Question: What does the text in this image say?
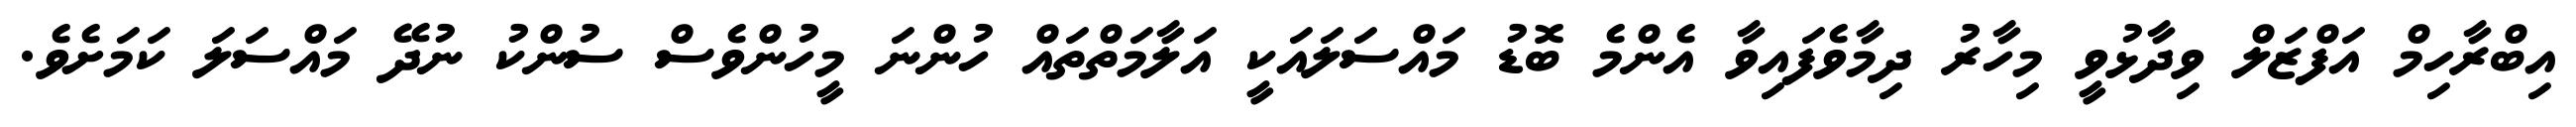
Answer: އިބްރާހިމް އަފްޒަލް ވިދާޅުވީ މިހާރު ދިމާވެފައިވާ އެންމެ ބޮޑު މައްސަލައަކީ އަލާމަތްތައް ހުންނަ މީހުންވެސް ސުންކު ނުދޭ މައްސަލަ ކަމަށެވެ.